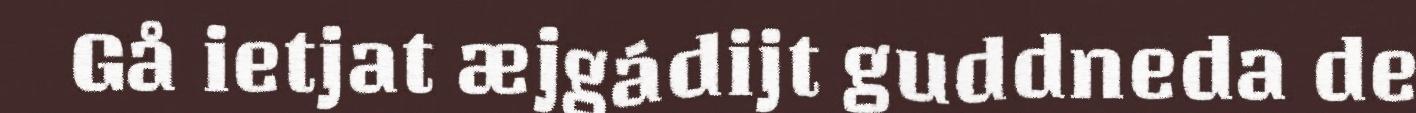
Gå ietjat æjgádijt guddneda de